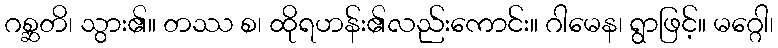
ဂစ္ဆတိ၊ သွား၏။ တဿ စ၊ ထိုရဟန်း၏လည်းကောင်း။ ဂါမေန၊ ရွာဖြင့်။ မဂ္ဂေါ၊